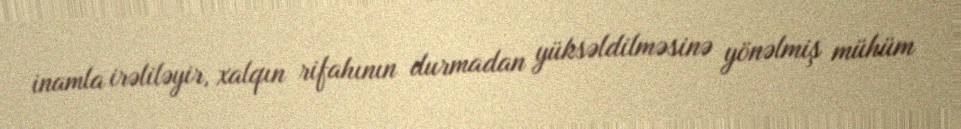
inamla irəliləyir, xalqın rifahının durmadan yüksəldilməsinə yönəlmiş mühüm